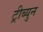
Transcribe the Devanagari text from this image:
ट्रीब्युन